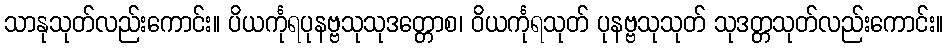
သာနုသုတ်လည်းကောင်း။ ပိယင်္ကုရပုနဗ္ဗသုသုဒတ္တောစ၊ ဝိယင်္ကုရသုတ် ပုနဗ္ဗသုသုတ် သုဒတ္တသုတ်လည်းကောင်း။